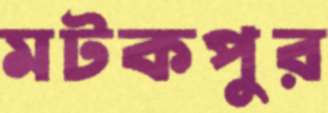
মটকপুর